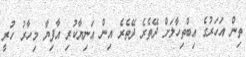
ތިން އަހަރުގެ އިބްތިހާލަށް ދޭތެރެ ދޭތެރެ އިން އަނިޔާކުރި އާފިޔާ މިހާރު ހުރީ